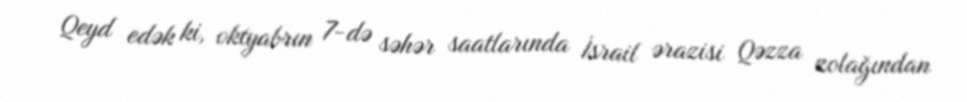
Qeyd edək ki, oktyabrın 7-də səhər saatlarında İsrail ərazisi Qəzza zolağından